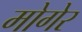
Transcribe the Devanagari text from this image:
मोगेर